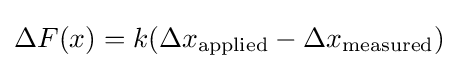
\Delta F(x)=k(\Delta x_{\text{applied}}-\Delta x_{\text{measured}})